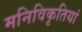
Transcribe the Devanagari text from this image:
मनिविकृतियां